Vaccination in Bombay 1889-1901 - 1889-1901
Year: 1889
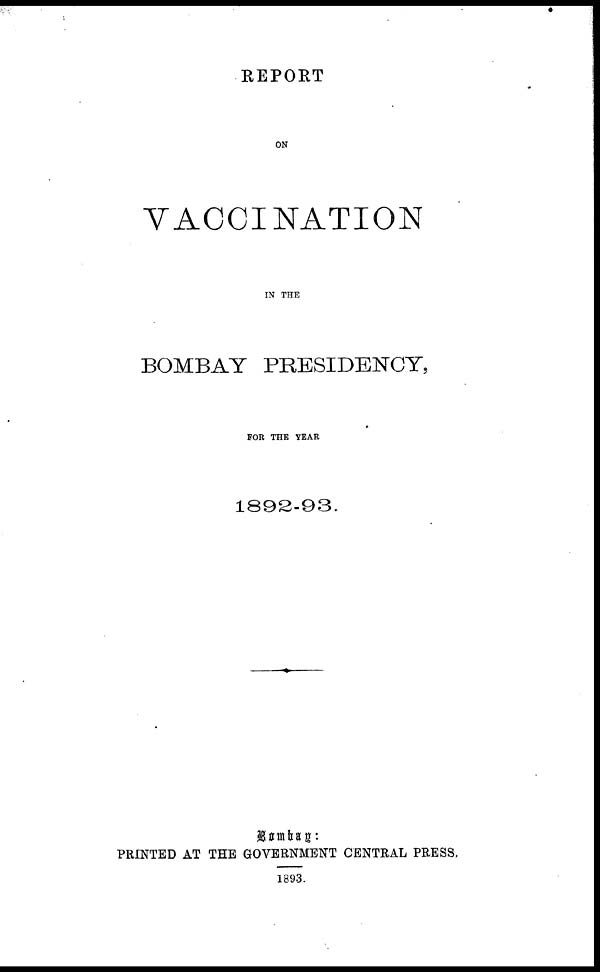
REPORT
ON
VACCINATION
IN THE
BOMBAY PRESIDENCY,
FOR THE YEAR
1892-93.
Bombay :
PRINTED AT THE GOVERNMENT CENTRAL PRESS.
1893.